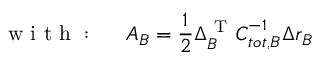
\mathrm { ~ w ~ i ~ t ~ h ~ : ~ \quad ~ } A _ { B } = \frac 1 2 \ensuremath { \Delta \v { r } _ { B } ^ { \mathrm { ~ T ~ } } } \boldsymbol { C } _ { t o t , B } ^ { - 1 } \Delta \boldsymbol { r } _ { B }